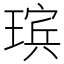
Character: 瑸